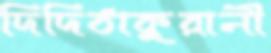
দিদিঠাকুরানী